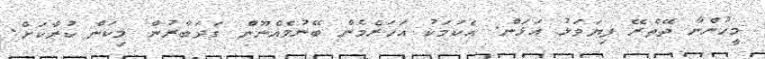
މީހުންނާ ދޭތެރޭ ފިޔަވަޅު އަޅަން. އެކަމަކު އަހަރެމެން ބޭނުމެއްނޫން ގަދަބާރުން މިކަން ކުރާކަށް.